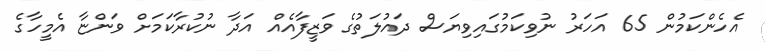
އެހެންކަމުން 65 އަހަރު ނުވިކަމުގައިވިޔަސް ދައުލަތުގެ ވަޒީފާއެއް އަދާ ނުކުރާކަމަށް ވަންޏާ އެމީހާގެ